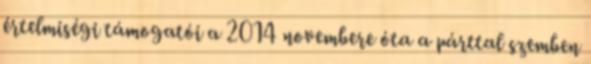
értelmiségi támogatói a 2014 novembere óta a párttal szemben